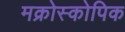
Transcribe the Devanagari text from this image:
मक्रोस्कोपिक